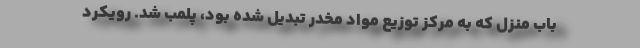
باب منزل که به مرکز توزیع مواد مخدر تبدیل شده بود، پلمب شد. رویکرد